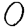
Digit: 0